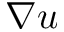
\nabla \boldsymbol { u }